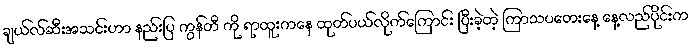
ချယ်လ်ဆီးအသင်းဟာ နည်းပြ ကွန်တီ ကို ရာထူးကနေ ထုတ်ပယ်လိုက်ကြောင်း ပြီးခဲ့တဲ့ ကြာသပတေးနေ့ နေ့လည်ပိုင်းက